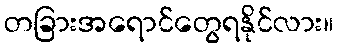
တခြားအရောင်တွေရနိုင်လား။